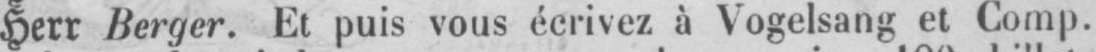
Herr Berger. Et puis vous écrivez à Vogelsang et Comp.